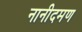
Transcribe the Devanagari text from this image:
नानीदमण